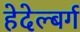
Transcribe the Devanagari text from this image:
हेदेल्बर्ग